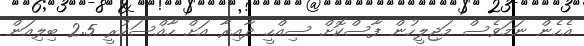
އެހެން ނަމަވެސް މަޖިލީހުން ފާސްކޮށް ސިއްހީ ދާއިރާ އަށް ހާއްސަކުރީ 2.5 ބިލިއަން